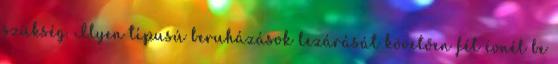
szükség. Ilyen típusú beruházások lezárását követően fél évnél be